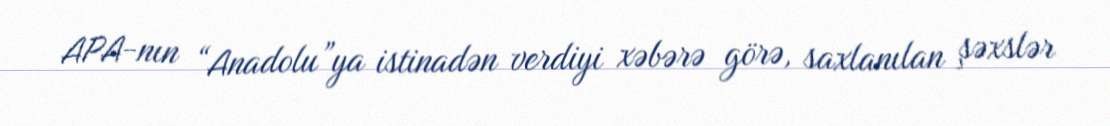
APA-nın “Anadolu”ya istinadən verdiyi xəbərə görə, saxlanılan şəxslər